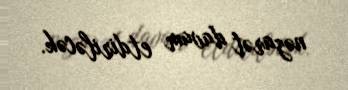
nəzarət davam etdiriləcək.